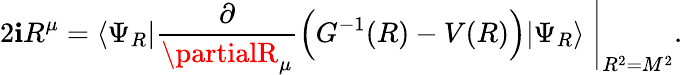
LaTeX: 2\mathbf{i}R^{\mu}=\langle\Psi_{R}|\frac{{\partial}}{{\partialR_{\mu}}}\Big(G^{-1}(R)-V(R)\Big)|\Psi_{R}\rangle\; \Bigg|_{R^{2}=M^{2}}.